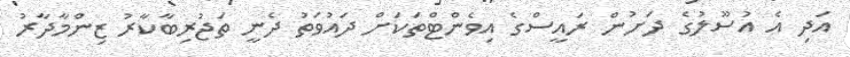
އަދި އެ އުސޫލުގެ ދަށުން ރައީސްގެ އިވެންޓްތަކަށް ދައުވަތު ދެނީ ތަޖުރިބާކާރު ޒިންމާދާރު